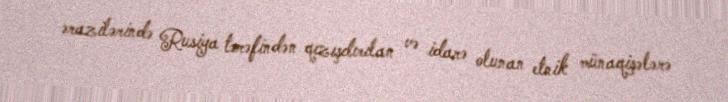
ərazilərində Rusiya tərəfindən qızışdırılan və idarə olunan etnik münaqişələrə